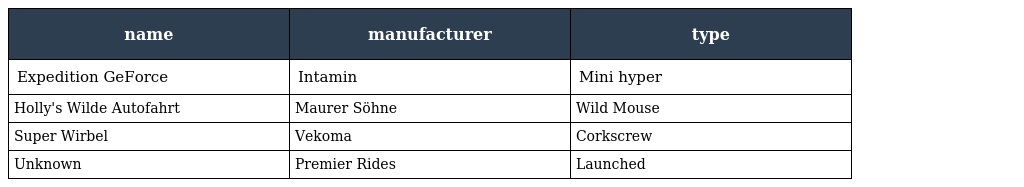
| name | manufacturer | type |
 | --- | --- | --- |
 | Expedition GeForce | Intamin | Mini hyper |
 | Holly's Wilde Autofahrt | Maurer Söhne | Wild Mouse |
 | Super Wirbel | Vekoma | Corkscrew |
 | Unknown | Premier Rides | Launched |